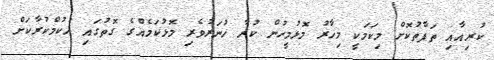
ކުރިއާއި ތަފާތުކޮށް މިކަމަކީ މިހާރު މޮޅުމީހުން ކުރާ ހުނަރުވެރި މޮޅުކަމެއްގެ ގޮތުގައި ހުކުމްކުރާކަށް